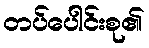
တပ်ပေါင်းစု၏